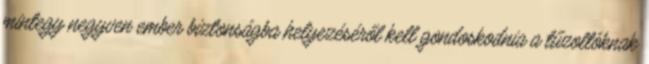
mintegy negyven ember biztonságba helyezéséről kell gondoskodnia a tűzoltóknak